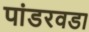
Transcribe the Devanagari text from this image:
पांडरवडा